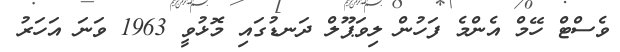
ވެސްޓް ހޭމް އެންމެ ފަހުން ލިވަޕޫލް ދަނޑުގައި މޮޅުވީ 1963 ވަނަ އަހަރު